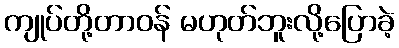
ကျုပ်တို့တာဝန် မဟုတ်ဘူးလို့ပြောခဲ့